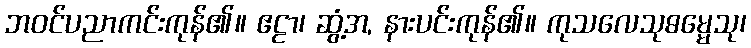
ဘဝင်ပညာကင်းကုန်၏။ ဧဠာ၊ ဆွံ့အ, နားပင်းကုန်၏။ ကုသလေသုဓမ္မေသု၊